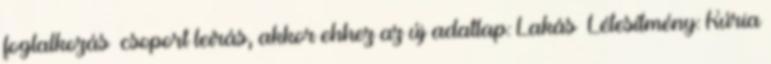
foglalkozás csoport leírás, akkor ehhez az új adatlap: Lakás Létesítmény: Kúria